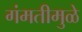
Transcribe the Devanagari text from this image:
गंमतीमुळे